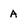
Character: A